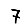
Digit: 7